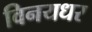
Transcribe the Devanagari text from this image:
विनयधर